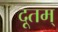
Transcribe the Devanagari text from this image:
दूतम्